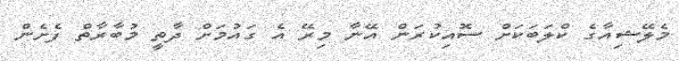
މެލޭޝިއާގެ ކްލަބަކަށް ސޮއިކުރަން އޭނާ މިރޭ އެ ގައުމަށް ދާތީ މުބާރާތް ފެށެން